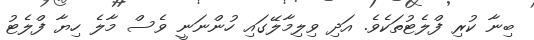
ބިނާ ކުރި ފްލެޓުތަކެވެ. އަދި ވިލިމާލޭގައި ހުންނަނީ ވެސް މާލެ ހިޔާ ފްލެޓު